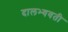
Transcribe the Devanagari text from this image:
दालभ्यवती